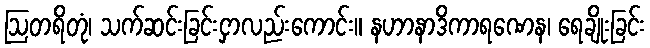
ဩတရိတုံ၊ သက်ဆင်းခြင်းငှာလည်းကောင်း။ နဟာနာဒိကာရဏေန၊ ရေချိုးခြင်း